Annual report on the working of the lock hospitals in the Central Provinces
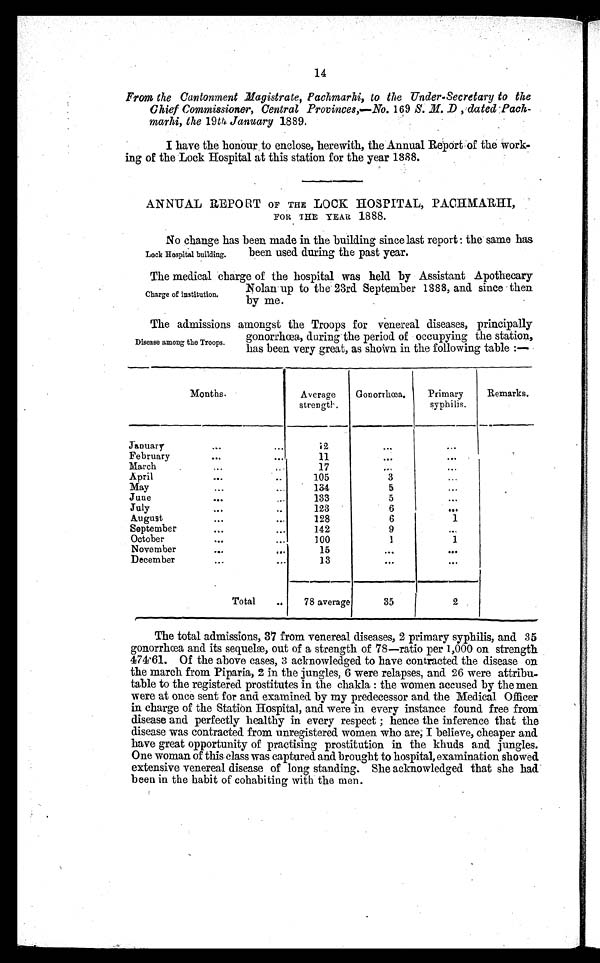
14
From the Cantonment Magistrate, Pachmarhi, to. the Under-Secretary to the
Chief Commissioner, Central Provinces,—No. 169 S. M. D , dated Pach-
marhi, the 19th. January 1889.
I have the honour to enclose, herewith, the Annual Report of the work-
ing of the Lock Hospital at this station for the year 1888.
ANNUAL REPORT OF THE LOCK HOSPITAL, PACHMARHI,
FOR THE YEAR 1888.
No change has been made in the building since last report: the same has
been used during the past year.
The medical charge of the hospital was held by Assistant Apothecary
Nolan up to the 23rd. September 1888, and since then
by me.
The admissions amongst the Troops for venereal diseases, principally
gonorrhœa, during the period of occupying the station,
has been very great, as shown in the following table :—
Months.
Average
strength.
Gonorrhœa.
Primary
syphilis.
Remarks.
January
...
...
12
. . .
. . .
February
...
...
11
. . .
...
March
...
. . .
17
. . .
. . .
April
...
...
105
3
...
May
...
...
134
5
. . .
June
. . .
. . .
133
5
. . .
July
...
..
123
6
. . .
August
...
...
128
6
1
September
...
...
142
9
.
. .
October
...
...
100
1
1
November
. . .
...
15
. . .
. . . .
December
...
...
13
. . .
..
.
Total
...
78 average
35
2
The total admissions, 37 from venereal diseases, 2 primary syphilis, and 35
gonorrhœa and its sequelæ, out of a strength of 78—ratio per 1,000 on strength
474.61. Of the above cases, 3 acknowledged to have contracted the disease on
the march from Piparia, 2 in the jungles, 6 were relapses, and. 26 were attribu-
table to the registered prostitutes in the chakla: the women accused by the men
were at once sent for and examined by my predecessor and the Medical Officer
in charge of the Station Hospital, and were in every instance found free from
disease and perfectly healthy in every respect; hence the inference that the
disease was contracted from unregistered women who are, I believe, cheaper and.
have great opportunity of practising prostitution in the khuds and. jungles.
One woman of this class was captured and. brought to hospital, examination showed.
extensive venereal disease of long standing. She acknowledged that she had.
been in the habit of cohabiting with the men.
Lock Hospital building.
Charge of institution.
Disease among the Troops.